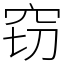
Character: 窃